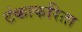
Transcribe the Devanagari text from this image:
टंकाकरिता